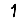
Digit: 1